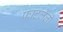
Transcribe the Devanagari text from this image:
फाटलेली